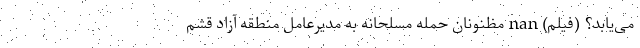
می‌یابد؟ (فیلم) nan مظنونان حمله مسلحانه به مدیرعامل منطقه آزاد قشم